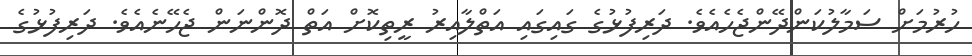
ހުރުމަށް ސަމާލުކަންދޭންޖެހެއެވެ. ދަރިފުޅުގެ ގައިގައި އަތްލާއިރު ރީތިކޮށް އަތް ދޮންނަން ޖެހޭނެއެވެ. ދަރިފުޅުގެ